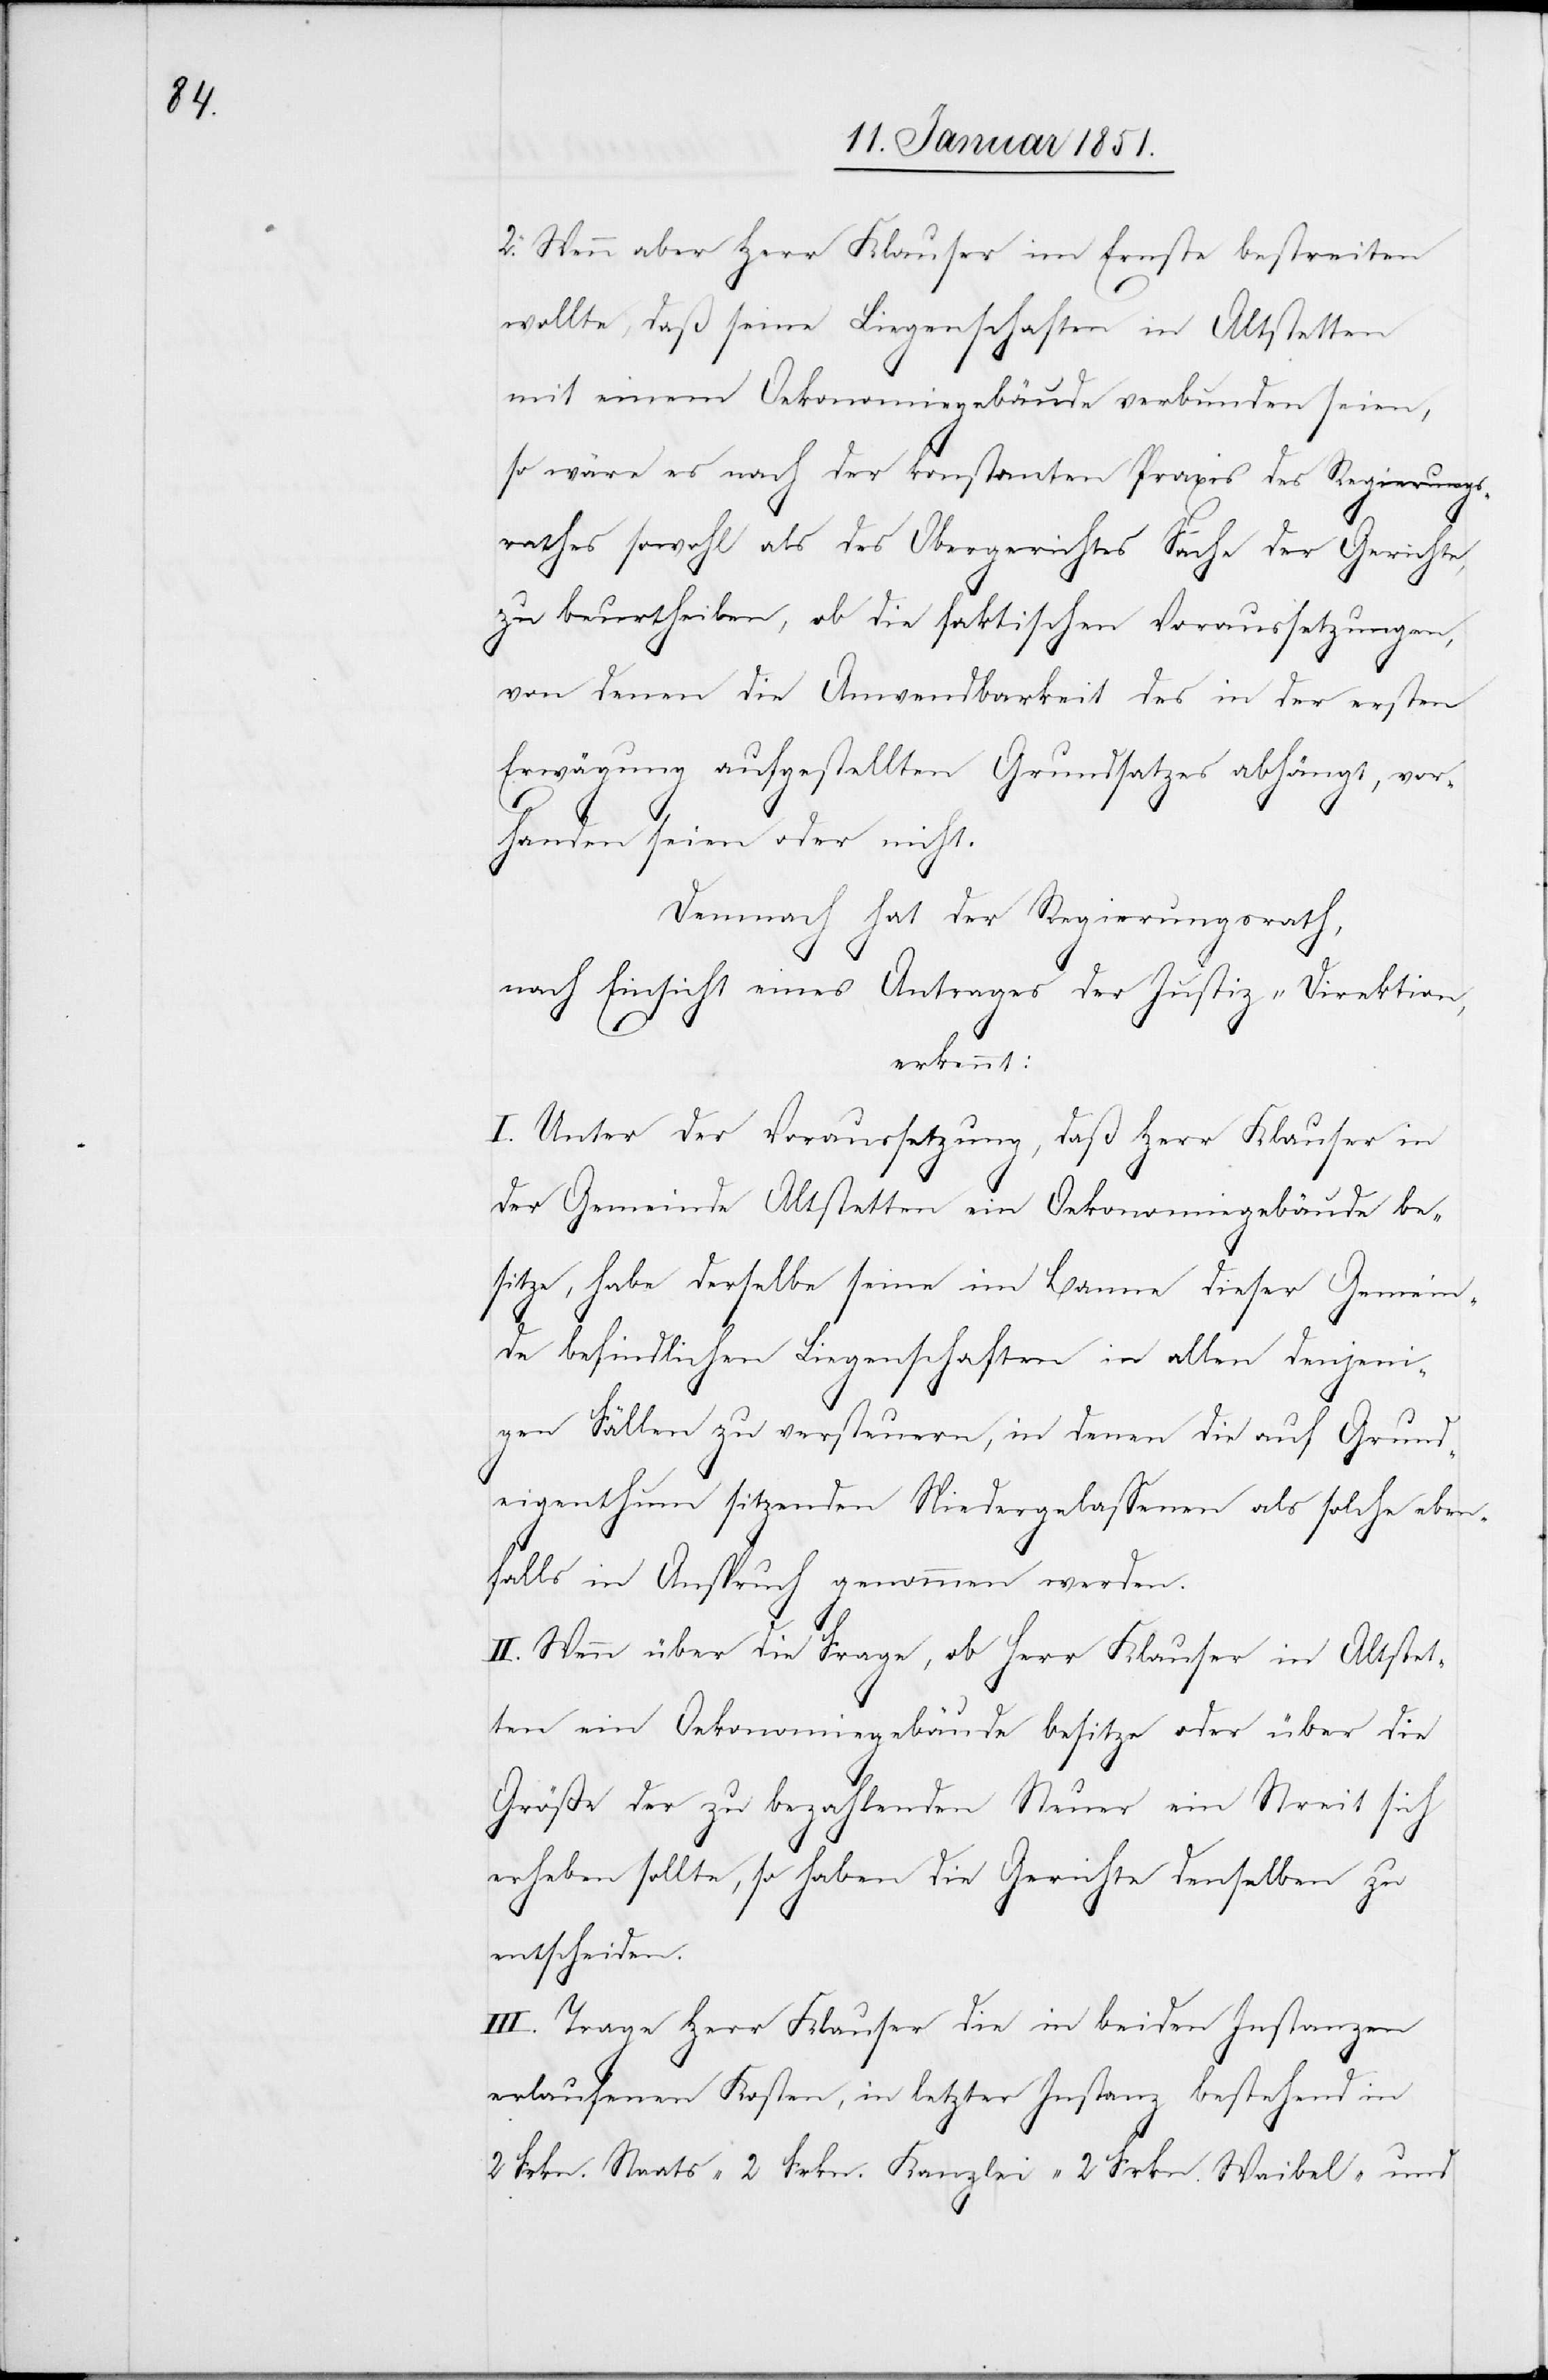
2. Wenn aber Herr Klauser im Ernste bestreiten
wollte, daß seine Liegenschaften in Altstetten
mit einem Oekonomiegebäude verbunden seien,
so wäre es nach der konstanten Praxis des Regierungs¬
rathes sowohl als des Obergerichtes Sache der Gerichte,
zu beurtheilen, ob die faktischen Voraussetzungen,
von denen die Anwendbarkeit des in der ersten
Erwägung aufgestellten Grundsatzes abhängt, vor¬
handen seien oder nicht.
Demnach hat der Regierungsrath,
nach Einsicht eines Antrages der Justiz-Direktion,
erkennt:
I. Unter der Voraussetzung, daß Herr Klauser in
der Gemeinde Altstetten ein Oekonomiegebäude be¬
sitze, habe derselbe seine im Banne dieser Gemein¬
de befindlichen Liegenschaften in allen denjeni¬
gen Fällen zu versteuern, in denen die auf Grund¬
eigenthum sitzenden Niedergelassenen als solche eben¬
falls in Anspruch genommen werden.
II. Wenn über die Frage, ob Herr Klauser in Altstet¬
ten ein Oekonomiegebäude besitze oder über die
Größe der zu bezahlenden Steuer ein Streit sich
erheben sollte, so haben die Gerichte denselben zu
entscheiden.
III. Trage Herr Klauser die in beiden Instanzen
erlaufenen Kosten, in letzter Instanz bestehend in
2 Frkn. Staats-[,] 2 Frkn. Kanzlei-[,] 2 Frkn. Waibel- und